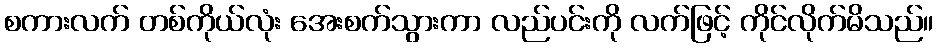
စကားလက် တစ်ကိုယ်လုံး အေးစက်သွားကာ လည်ပင်းကို လက်ဖြင့် ကိုင်လိုက်မိသည်။